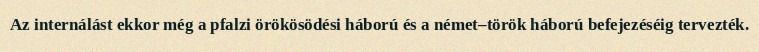
Az internálást ekkor még a pfalzi örökösödési háború és a német–török háború befejezéséig tervezték.